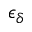
\epsilon _ { \delta }